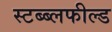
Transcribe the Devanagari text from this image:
स्टब्ब्लफील्ड